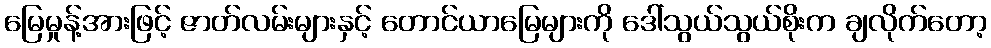
မြေမှုန့်အားဖြင့် ဇာတ်လမ်းများနှင့် တောင်ယာမြေများကို ဒေါ်သွယ်သွယ်စိုးက ချလိုက်တော့